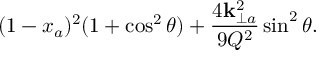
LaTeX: ( 1 - x _ { a } ) ^ { 2 } ( 1 + \cos ^ { 2 } \theta ) + \frac { 4 { \bf k } _ { \perp a } ^ { 2 } } { 9 Q ^ { 2 } } \sin ^ { 2 } \theta .